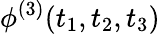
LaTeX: \phi^{(3)}(t_{1},t_{2},t_{3})